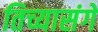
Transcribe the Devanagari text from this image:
तिच्यासंगे